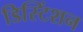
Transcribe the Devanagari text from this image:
डिस्टिंशन